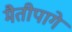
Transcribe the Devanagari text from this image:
मैतीपागे